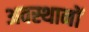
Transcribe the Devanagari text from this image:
अवस्थानों